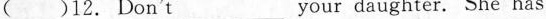
( )12.Don't ___ your daughter. Sne has